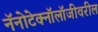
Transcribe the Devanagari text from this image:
नॅनोटेक्नॉलॉजीवरील